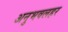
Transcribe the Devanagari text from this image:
अनुभवलहर